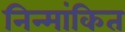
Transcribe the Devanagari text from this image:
निन्मांकित